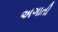
અગાતી